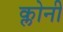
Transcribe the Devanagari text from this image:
क्लोनी